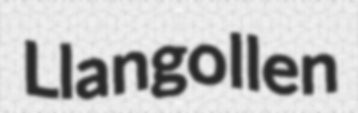
Llangollen